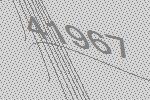
41967